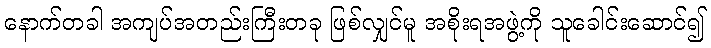
နောက်တခါ အကျပ်အတည်းကြီးတခု ဖြစ်လျှင်မူ အစိုးရအဖွဲ့ကို သူခေါင်းဆောင်၍